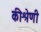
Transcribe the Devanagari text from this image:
कीश्रेणी